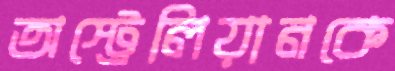
অস্ট্রেলিয়ানকে